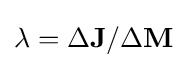
\lambda =\Delta \mathbf {J} /\Delta \mathbf {M}